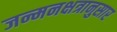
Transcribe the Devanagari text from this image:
जन्मनक्षत्रानुसार